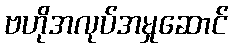
ဗဟိုအလုပ်အမှုဆောင်